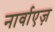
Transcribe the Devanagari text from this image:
नार्वाएज़